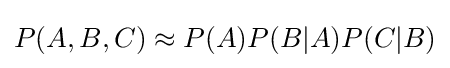
P(A,B,C)\approx P(A)P(B|A)P(C|B)